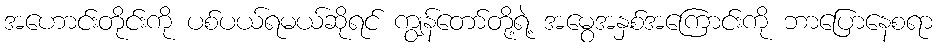
အဟောင်းတိုင်းကို ပစ်ပယ်ရမယ်ဆိုရင် ကျွန်တော်တို့ရဲ့ အမွေအနှစ်အကြောင်းကို ဘာပြောနေစရာ